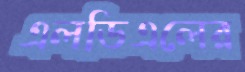
এলডিএলের